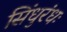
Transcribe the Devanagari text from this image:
सिंधुरंधः